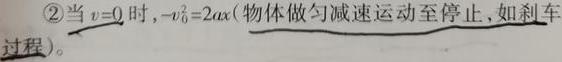
\textcircled{2}当$v = 0$时，$-v_{0}^{2}=2ax$（物体做匀减速运动至停止，如刹车过程）。